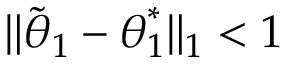
\lVert \tilde { { \boldsymbol { \theta } } } _ { 1 } - { \boldsymbol { \theta } } _ { 1 } ^ { * } \rVert _ { 1 } < 1